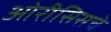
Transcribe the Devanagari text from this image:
ओरीसिसचे